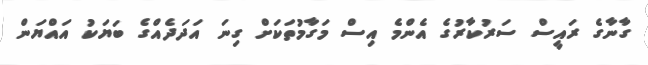
ގާނާގެ ރައީސް ސަރުކާރުގެ އެންމެ އިސް މަގާމުތަކަށް ގިނަ އަދަދެއްގެ ބަޔަކު އައްޔަން